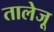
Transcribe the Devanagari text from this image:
तालेजू